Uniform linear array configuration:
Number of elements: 8
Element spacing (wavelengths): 0.25
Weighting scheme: hamming
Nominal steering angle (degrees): -30
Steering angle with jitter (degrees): -28.971
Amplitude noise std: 0.05
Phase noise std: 0.05

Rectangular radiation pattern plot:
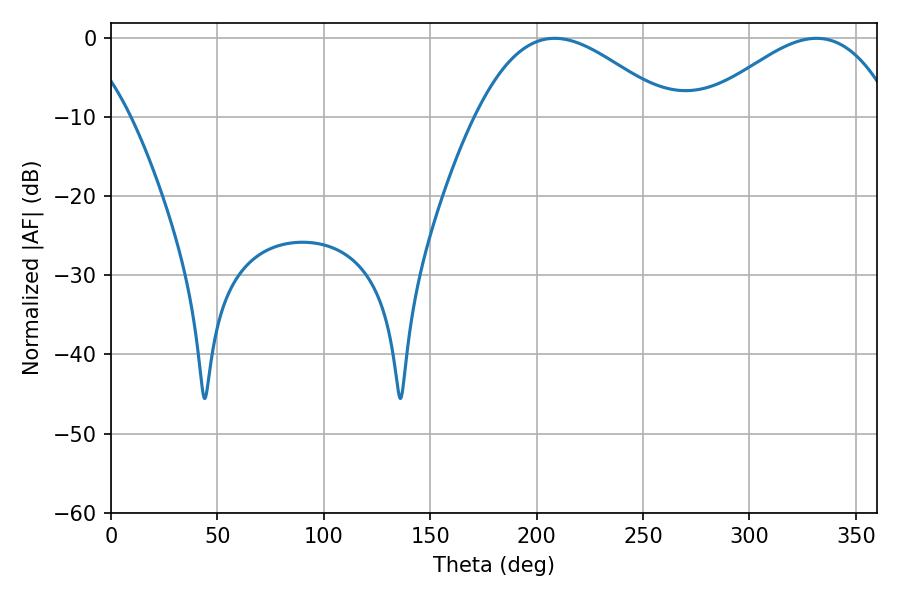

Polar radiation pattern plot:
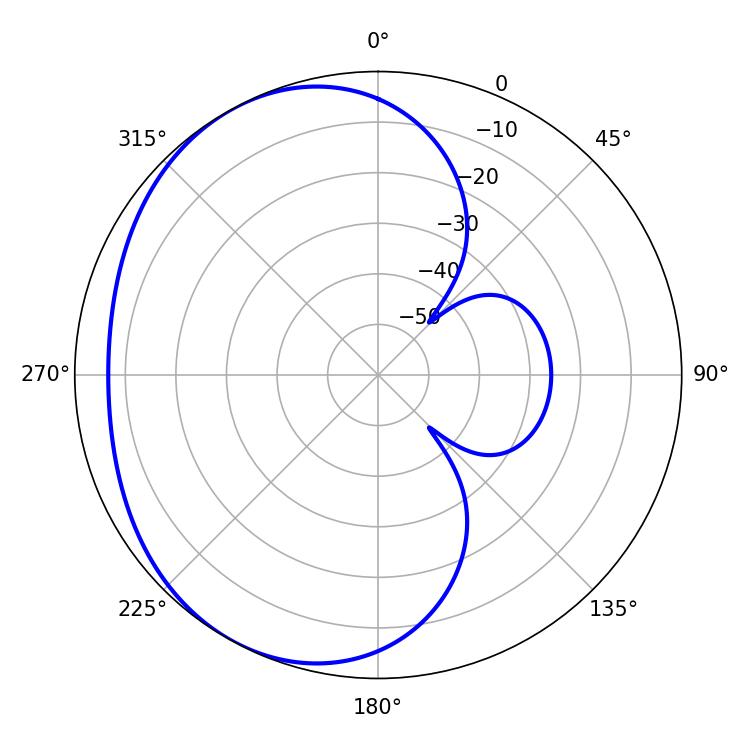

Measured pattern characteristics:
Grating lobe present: FALSE
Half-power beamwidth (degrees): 49.32
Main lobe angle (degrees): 208.44